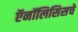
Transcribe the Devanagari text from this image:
ऍनॉलिसिसचे